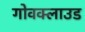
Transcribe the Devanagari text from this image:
गोवक्लाउड